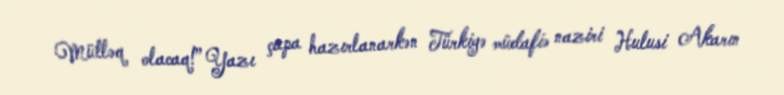
Mütləq olacaq!” Yazı çapa hazırlanarkən Türkiyə müdafiə naziri Hulusi Akarın